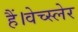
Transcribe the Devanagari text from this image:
हैं।वेच्स्लेर